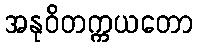
အနုဝိတက္ကယတော